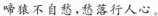
啼猿不自愁，愁落行人心。